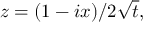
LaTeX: z = ( 1 - i x ) / 2 { \sqrt { t } } ,